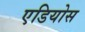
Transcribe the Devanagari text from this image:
एडियोस